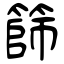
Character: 篩